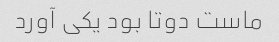
ماست دوتا بود یکی آورد